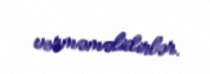
verməməlidirlər.